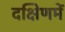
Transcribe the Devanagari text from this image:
दक्षिणमें